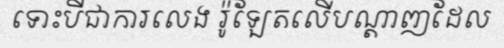
ទោះបីជាការលេង រ៉ូឡែតលើបណ្តាញដែល